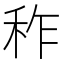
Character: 秨